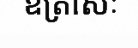
ឧត្រាសៈ